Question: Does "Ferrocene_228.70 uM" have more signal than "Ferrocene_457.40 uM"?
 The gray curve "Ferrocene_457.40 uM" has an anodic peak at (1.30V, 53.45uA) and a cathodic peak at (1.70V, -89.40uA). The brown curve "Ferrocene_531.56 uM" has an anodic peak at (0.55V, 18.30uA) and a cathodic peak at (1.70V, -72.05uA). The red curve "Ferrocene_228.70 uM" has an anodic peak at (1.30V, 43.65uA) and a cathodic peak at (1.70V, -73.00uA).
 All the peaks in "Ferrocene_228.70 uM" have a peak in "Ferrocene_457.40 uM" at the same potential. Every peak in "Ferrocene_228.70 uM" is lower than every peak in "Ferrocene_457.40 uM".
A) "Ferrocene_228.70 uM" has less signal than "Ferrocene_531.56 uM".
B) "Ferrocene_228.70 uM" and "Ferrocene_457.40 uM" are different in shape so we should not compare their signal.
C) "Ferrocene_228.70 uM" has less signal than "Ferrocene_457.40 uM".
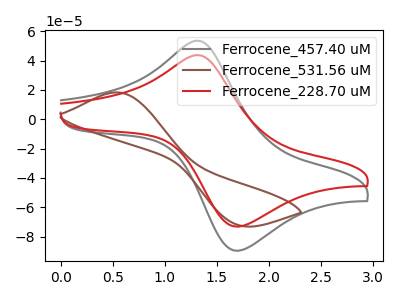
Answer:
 <answer>C) "Ferrocene_228.70 uM" has less signal than "Ferrocene_457.40 uM".</answer>
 <eval>C</eval>